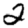
Digit: 2